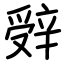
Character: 辤